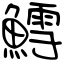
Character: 鱈